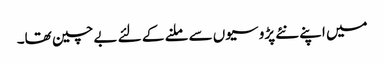
میں اپنے نئے پڑوسیوں سے ملنے کے لئے بے چین تھا۔